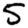
Digit: 5